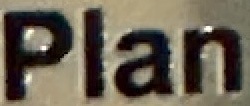
Plan